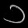
Digit: ၁